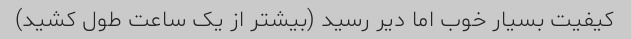
کیفیت بسیار خوب اما دیر رسید (بیشتر از یک ساعت طول کشید)